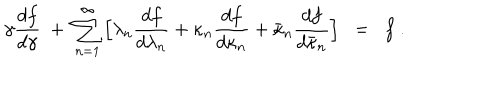
\gamma \frac { d f } { d \gamma } \; + \; \sum _ { n = 1 } ^ { \infty } \Big [ \lambda _ { n } \frac { d f } { d \lambda _ { n } } + \kappa _ { n } \frac { d f } { d \kappa _ { n } } + \bar { \kappa } _ { n } \frac { d f } { d \bar { \kappa } _ { n } } \Big ] \; \; = \; \; f \; .